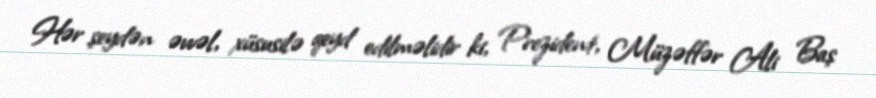
Hər şeydən əvvəl, xüsusilə qeyd edilməlidir ki, Prezident, Müzəffər Ali Baş